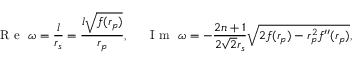
\mathrm { ~ R ~ e ~ } ~ \omega = \frac { l } { r _ { s } } = \frac { l \sqrt { f ( r _ { p } ) } } { r _ { p } } , ~ ~ ~ ~ \mathrm { ~ I ~ m ~ } ~ \omega = - \frac { 2 n + 1 } { 2 \sqrt { 2 } r _ { s } } \sqrt { 2 f ( r _ { p } ) - r _ { p } ^ { 2 } f ^ { \prime \prime } ( r _ { p } ) } ,